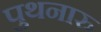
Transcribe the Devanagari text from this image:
पुथनारु